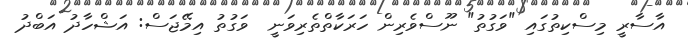
އާސާރީ މިސްކިތުގައި "ވަގުތު" ނޫސްވެރިން ހަރަކާތްތެރިވަނީ  ވަގުތު އިމޭޖަސް: އަޝްހާދު އަބްދު